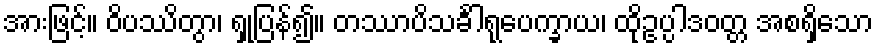
အားဖြင့်။ ဝိပဿိတွာ၊ ရှုပြန်၍။ တဿာပိသင်္ခါရုပေက္ခာယ၊ ထိုဥပ္ပါဒဝတ္တ အစရှိသော